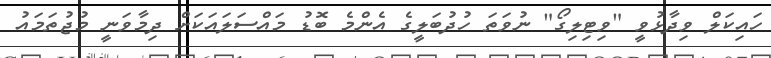
ހައިކަލް ވިދާޅުވީ "ވިޓިލިގޯ" ނުވަތަ ހުދުބަލީގެ އެންމެ ބޮޑު މައްސަލައަކަށް ދިމާވަނީ މުޖުތަމައު